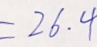
= 2 6 . 4